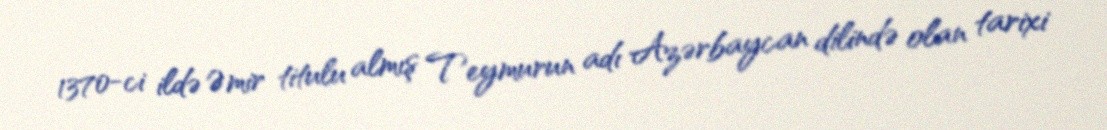
1370-ci ildə Əmir titulu almış Teymurun adı Azərbaycan dilində olan tarixi